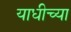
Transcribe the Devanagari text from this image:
याधीच्या